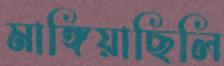
মাঙ্গিয়াছিলি